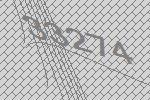
33274